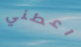
اعطني